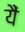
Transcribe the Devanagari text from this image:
यैं